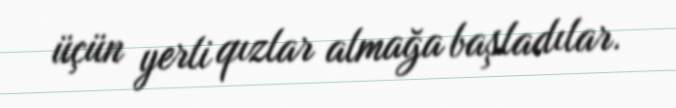
üçün yerli qızlar almağa başladılar.